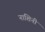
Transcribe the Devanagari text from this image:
नाशिनी